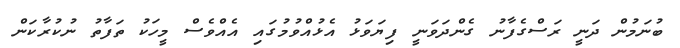
ބުނަމުން ދަނީ ރަސްގެފާނު ގެންދަަވަނީ ފިޔަވަޅު އެޅުއްވުމުގައި އެއްވެސް މީހަކު ތަފާތު ނުކުރާކަން